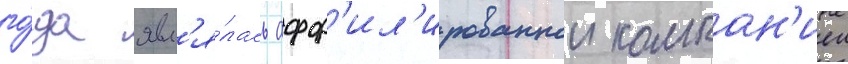
го́да явл'я́лась афф'ил'ированнои компан'иеи